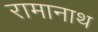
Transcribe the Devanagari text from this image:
रामानाथ